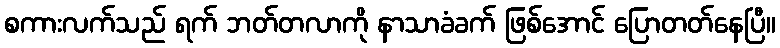
စကားလက်သည် ရက် ဘတ်တလာကို နာသာခံခက် ဖြစ်အောင် ပြောတတ်နေပြီ။